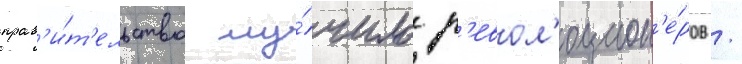
прав'и́т'ельство му́чило р'евол'юцион'е́ров /